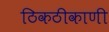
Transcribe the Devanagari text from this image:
ठिकठीकाणी